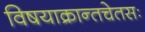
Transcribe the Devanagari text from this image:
विषयाक्रान्तचेतसः